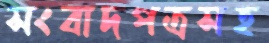
সংবাদপত্রসহ